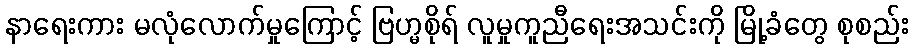
နာရေးကား မလုံလောက်မှုကြောင့် ဗြဟ္မစိုရ် လူမှုကူညီရေးအသင်းကို မြို့ခံတွေ စုစည်း